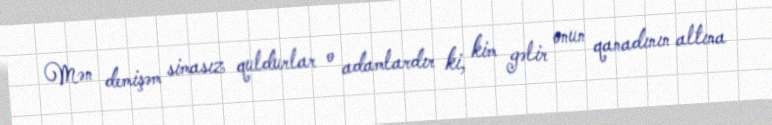
Mən demişəm simasız quldurlar o adamlardır ki, kim gəlir onun qanadının altına